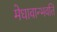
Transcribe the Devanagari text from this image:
मेधावान्भवति